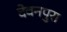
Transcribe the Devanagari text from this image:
देवनपुरा